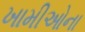
ખામીઓના